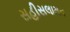
સહીસલામત